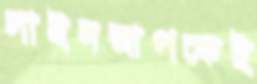
লাইনআপকেই